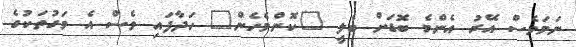
ނަމަވެސް އޭރު އެންމެ ބޮޑަށް ބެލީ "ކޮންމެހެން" ހަދާފައި ވެސް އެ މަގުތަކުގެ